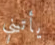
يأتيني